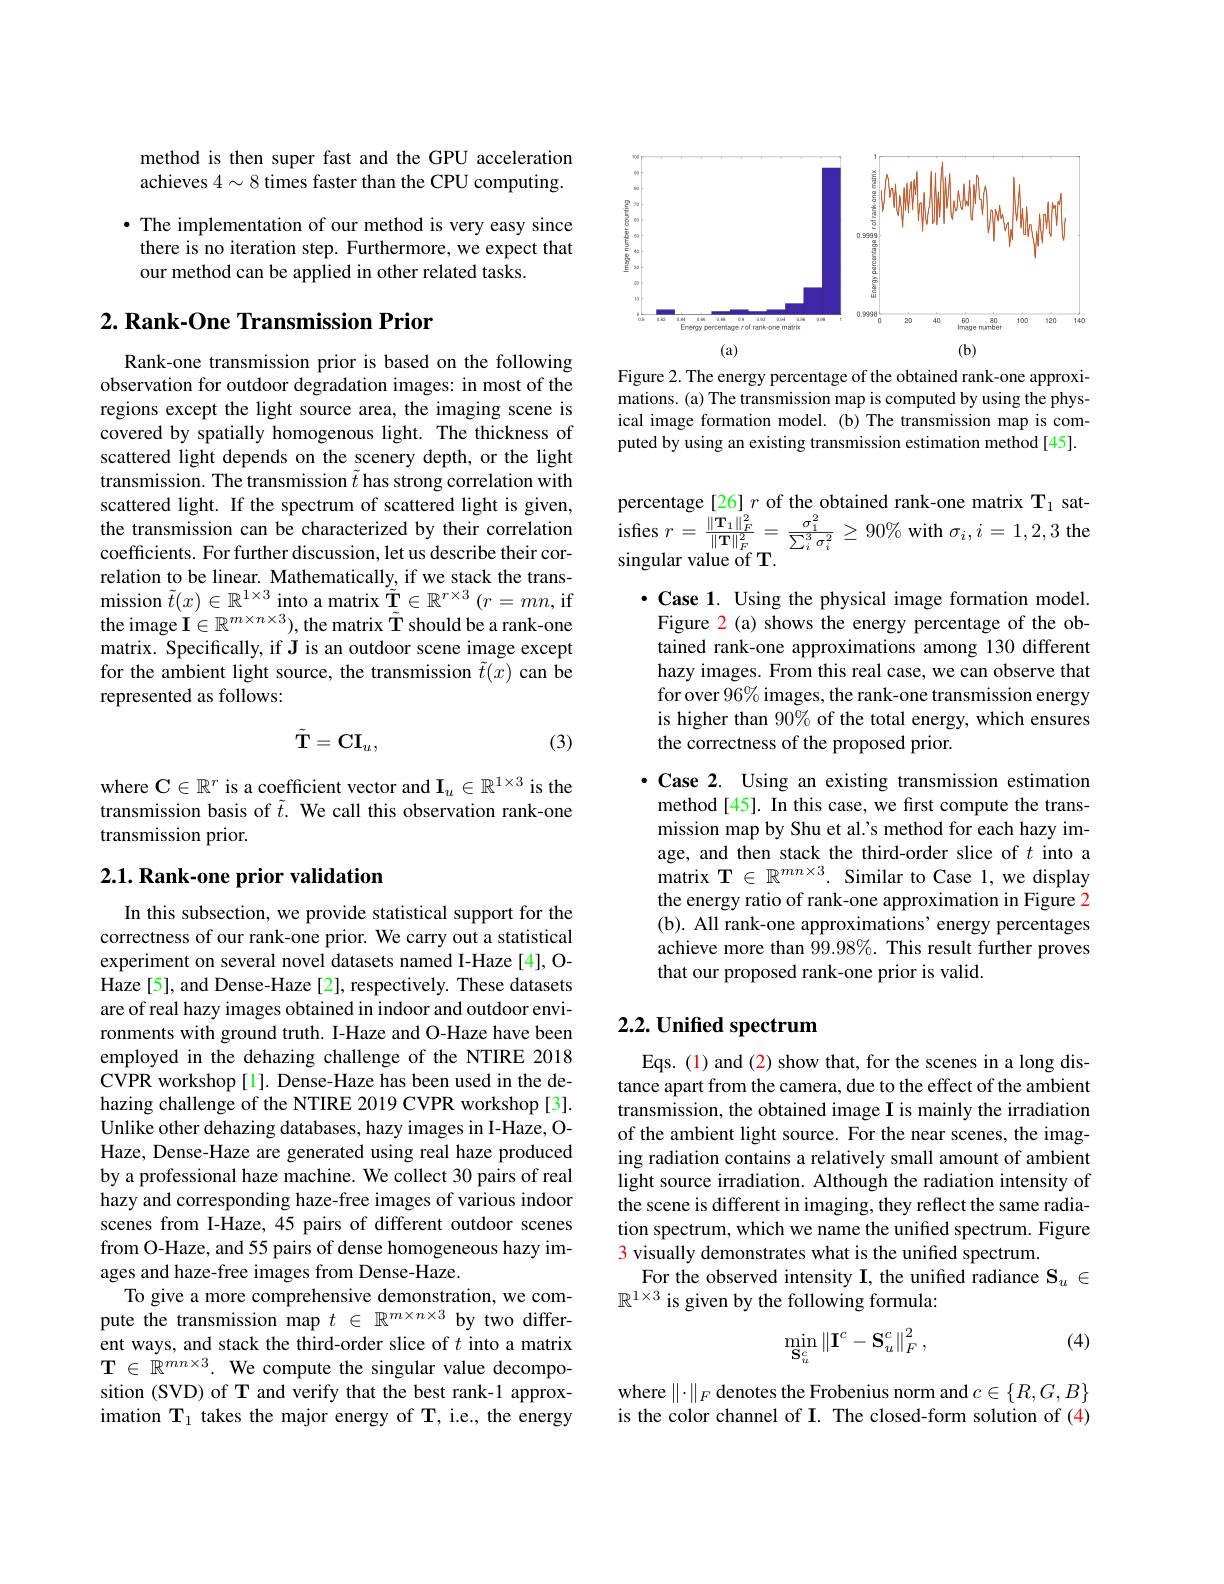
method is then super fast and the GPU acceleration achieves $4\sim8$ times faster than the CPU computing.

· The implementation of our method is very easy since there is no iteration step. Furthermore, we expect that our method can be applied in other related tasks.

## $2. \textbf{ Rank- One Transmission Prior}$

Rank-one transmission prior is based on the following observation for outdoor degradation images: in most of the regions except the light source area, the imaging scene is covered by spatially homogenous light. The thickness of scattered light depends on the scenery depth, or the light transmission. The transmission $\tilde{t}$ has strong correlation with scattered light. If the spectrum of scattered light is given, the transmission can be characterized by their correlation coefficients. For further discussion, let us describe their correlation to be linear. Mathematically, if we stack the transmission $\tilde{t}(x)\in\mathbb{R}^{1\times3}$ into a matrix $\tilde{\mathbf{T}}\in\mathbb{R}^{r\times3}\left(r=mn,\text{if}\right.$ the image $\mathbf{I}\in\mathbb{R}^{m\times n\times3})$, the matrix $\tilde{\mathbf{T}}$ should be a rank-one matrix. Specifically, if J is an outdoor scene image except for the ambient light source, the transmission $\tilde{t}(x)$ can be represented as follows:
$$\tilde{\mathbf{T}}=\mathrm{CI}_u,$$
(3)

where $\mathbf{C}\in\mathbb{R}^r$ is a coefficient vector and $\mathbf{I}_u\in\mathbb{R}^1\times3$ is the transmission basis of $\tilde{t}.$ We call this observation rank-one transmission prior.

## $2. 1. \textbf{Rank- one prior validation}$

In this subsection, we provide statistical support for the correctness of our rank-one prior. We carry out a statistical experiment on several novel datasets named I-Haze [4], OHaze[5], and Dense-Haze[2], respectively. These datasets are of real hazy images obtained in indoor and outdoor environments with ground truth. I-Haze and O-Haze have been employed in the dehazing challenge of the NTIRE 2018 CVPR workshop[1]. Dense-Haze has been used in the dehazing challenge of the NTIRE 2019 CVPR workshop[3]. Unlike other dehazing databases, hazy images in I-Haze, OHaze, Dense-Haze are generated using real haze produced by a professional haze machine. We collect 30 pairs of real hazy and corresponding haze-free images of various indoor scenes from I-Haze, 45 pairs of different outdoor scenes from O-Haze, and 55 pairs of dense homogeneous hazy images and haze-free images from Dense-Haze.
To give a more comprehensive demonstration, we compute the transmission map $t\in\mathbb{R}^{m\times n\times3}$ by two different ways, and stack the third-order slice of $t$ into a matrix $\mathbf{T}\in\mathbb{R}^{mn\times3}.$ We compute the singular value decomposition (SVD) of T and verify that the best rank-1 approximation $\mathbf{T}_1$ takes the major energy of T, i.e., the energy

<FigureHere>

Figure 2. The energy percentage of the obtained rank-one approximations. (a) The transmission map is computed by using the physical image formation model.(b) The transmission map is computed by using an existing transmission estimation method[45].

percentage [26] $r$ of the obtained rank-one matrix T$_1$ satisfes $r= \frac {\| \mathbf{T} _{1}\| _{F}^{2}}{\| \mathbf{T} \| _{F}^{2}}= \frac {\sigma _{1}^{2}}{\sum _{i}^{3}\sigma _{i}^{2}}\geq 90\%$with$\sigma_i,i=1,2,3$the singular value of T

$\cdot$ Case 1. Using the physical image formation model. Figure 2(a) shows the energy percentage of the obtained rank-one approximations among 130 different hazy images. From this real case, we can observe that for over 96% images, the rank-one transmission energy is higher than 90% of the total energy, which ensures the correctness of the proposed prior.

·Case 2. Using an existing transmission estimation method[45]. In this case, we first compute the transmission map by Shu et al.'s method for each hazy image, and then stack the third-order slice of $t$ into a matrix T$\in R^mn\times 3$. Similar to Case 1, we display the energy ratio of rank-one approximation in Figure 2 (b). All rank-one approximations' energy percentages achieve more than $99.98\%.$ This result further proves that our proposed rank-one prior is valid.

## 2.2. Unified spectrum

Eqs. (1) and (2) show that, for the scenes in a long distance apart from the camera, due to the effect of the ambient transmission, the obtained image I is mainly the irradiation of the ambient light source. For the near scenes, the imaging radiation contains a relatively small amount of ambient light source irradiation. Although the radiation intensity of the scene is different in imaging, they reflect the same radiation spectrum, which we name the unified spectrum. Figure 3 visually demonstrates what is the unified spectrum.
For the observed intensity I, the unified radiance $\mathbf{S}_u\in$
$\mathbb{R}^{1\times3}$ is given by the following formula:

(4)
$$\min_{\mathbf{S}_u^c}\left\|\mathbf{I}^c-\mathbf{S}_u^c\right\|_F^2,$$
where $\|\cdot\|_F$ denotes the Frobenius norm and $c\in\{R,G,B\}$ is the color channel of I. The closed-form solution of (4)